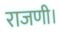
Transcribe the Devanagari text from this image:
राजणी।